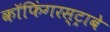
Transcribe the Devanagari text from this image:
कॉफिंगरस्ट्राबे